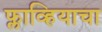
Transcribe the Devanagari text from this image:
फ्लाव्हियाचा